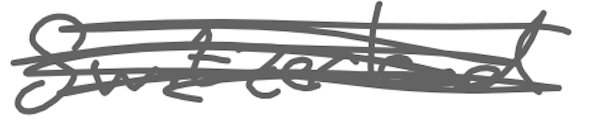
Text: Switzerland
Cross-out: scratch
Writing tool: digital_gray